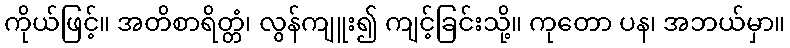
ကိုယ်ဖြင့်။ အတိစာရိတ္တံ၊ လွန်ကျူး၍ ကျင့်ခြင်းသို့။ ကုတော ပန၊ အဘယ်မှာ။